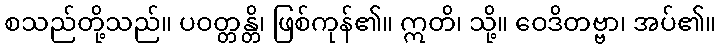
စသည်တို့သည်။ ပဝတ္တန္တိ၊ ဖြစ်ကုန်၏။ ဣတိ၊ သို့။ ဝေဒိတဗ္ဗာ၊ အပ်၏။